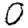
Digit: 0